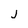
Character: j